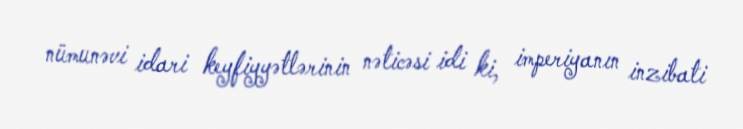
nümunəvi idari keyfiyyətlərinin nəticəsi idi ki, imperiyanın inzibati